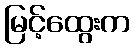
မြင့်ထွေးက